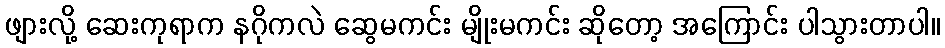
ဖျားလို့ ဆေးကုရာက နဂိုကလဲ ဆွေမကင်း မျိုးမကင်း ဆိုတော့ အကြောင်း ပါသွားတာပါ။